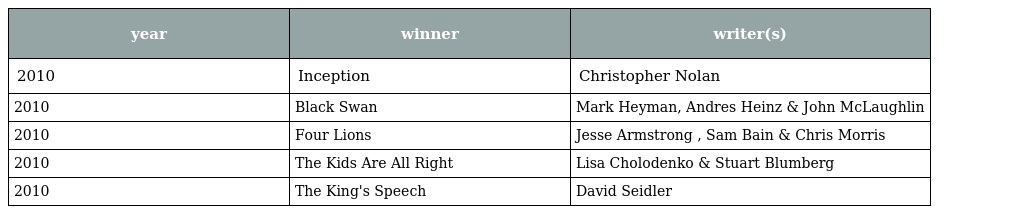
| year | winner | writer(s) |
 | --- | --- | --- |
 | 2010 | Inception | Christopher Nolan |
 | 2010 | Black Swan | Mark Heyman, Andres Heinz & John McLaughlin |
 | 2010 | Four Lions | Jesse Armstrong , Sam Bain & Chris Morris |
 | 2010 | The Kids Are All Right | Lisa Cholodenko & Stuart Blumberg |
 | 2010 | The King's Speech | David Seidler |